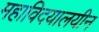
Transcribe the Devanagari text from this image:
महाविदयालयीन